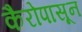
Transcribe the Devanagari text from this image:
कैरोपासून